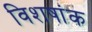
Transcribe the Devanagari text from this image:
विशषांक